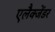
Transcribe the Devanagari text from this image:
एलैक्जेंडर